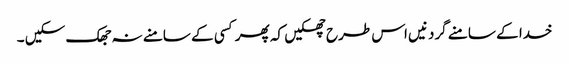
خدا کے سامنے گردنیں اس طرح جھکیں کہ پھر کسی کے سامنے نہ جھک سکیں ۔